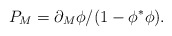
\begin{align*}{P_M = \partial_M \phi/(1 - \phi^{\ast} \phi).}\end{align*}